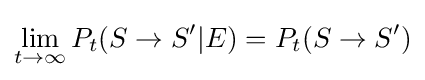
\lim _{t\rightarrow \infty }P_{t}(S\rightarrow S'|E)=P_{t}(S\rightarrow S')